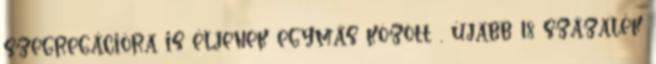
szegregációra is éljenek egymás között , újabb 18 százalék